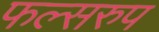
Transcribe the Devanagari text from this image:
फल्सरुप